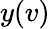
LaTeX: y(v)